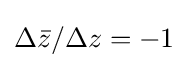
{\textstyle \Delta {\bar {z}}/\Delta z=-1}